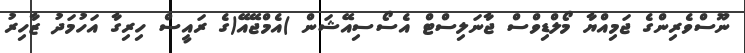
ނޫސްވެރިންގެ ޖަމިއްޔާ މޯލްޑިވްސް ޖާނަލިސްޓް އެސޯސިއޭޝަން )އެމްޖޭއޭ(ގެ ރައީސް ހިރިގާ އަހުމަދު ޒާހިރު